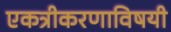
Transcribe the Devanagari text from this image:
एकत्रीकरणाविषयी